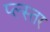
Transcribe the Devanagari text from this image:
प्ल्स्तर